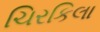
ચિરકિલા